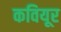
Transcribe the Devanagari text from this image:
कवियूर